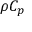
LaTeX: \rho C _ { p }